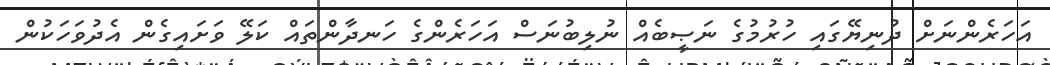
އަހަރެންނަށް ދުނިޔޭގައި ހުރުމުގެ ނަޞީބެއް ނުލިބުނަސް އަހަރެންގެ ހަނދާންތައް ކަލޭ ވަށައިގެން އެދުވަހަކުން